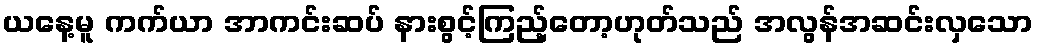
ယနေ့မူ ကက်ယာ အာကင်းဆပ် နားစွင့်ကြည့်တော့ဟုတ်သည် အလွန်အဆင်းလှသော